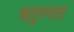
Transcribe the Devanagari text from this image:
ऋतुस्नात